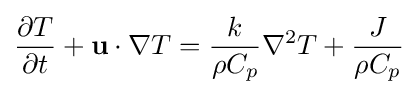
{\frac {\partial T}{\partial t}}+\mathbf {u} \cdot \nabla T={\frac {k}{\rho C_{p}}}\nabla ^{2}T+{\frac {J}{\rho C_{p}}}